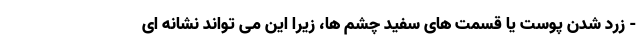
- زرد شدن پوست یا قسمت های سفید چشم ها، زیرا این می تواند نشانه ای